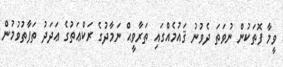
ވީމާ ފޮތަކުން ނުވަތަ ދެވުނު ޤައުމެއްގައި ތަރާވީޙް ނަމާދުގެ ރަކްޢަތުގެ ޢަދަދު ތަފާތުވުމުން